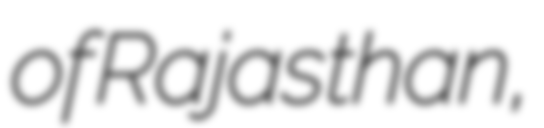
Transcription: of Rajasthan,